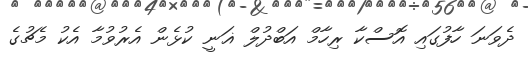
ދެވަނަ ހާފުގައި އޮސްކާ ރިހާމް އަބްދުލް ޣަނީ ކުޅެން އެރުވުމާ އެކު މެޗުގެ